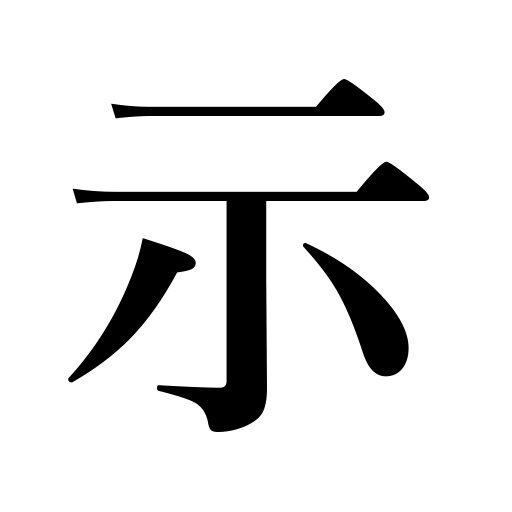
Meanings: show,indicate,express,indication,point out,display,signify,give an example